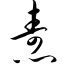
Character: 焘